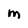
Character: M